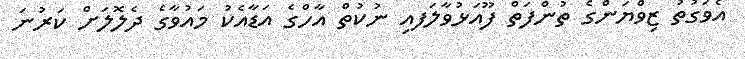
އެވަގުތު ޒިވްޔަންގެ ތުންފަތް ފޫއަޅުވާލަފއި ނުކުތް އާހްގެ އަޑާއެކު މައުވާގެ ދެލޮލަށް ކަރުނަ